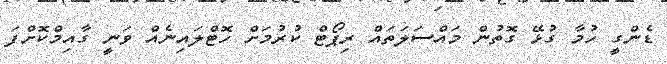
ޑެންގީ ހުމާ ގުޅޭ ގޮތުން މައްސަލަތައް ރިޕޯޓް ކުރުމަށް ހޮޓްލައިނެއް ވަނީ ގާއިމްކޮށްފަ